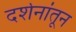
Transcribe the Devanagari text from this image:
दर्शनांतून